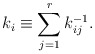
\begin{align*}k_i \equiv \sum_{j=1}^r k^{-1}_{ij}. \end{align*}